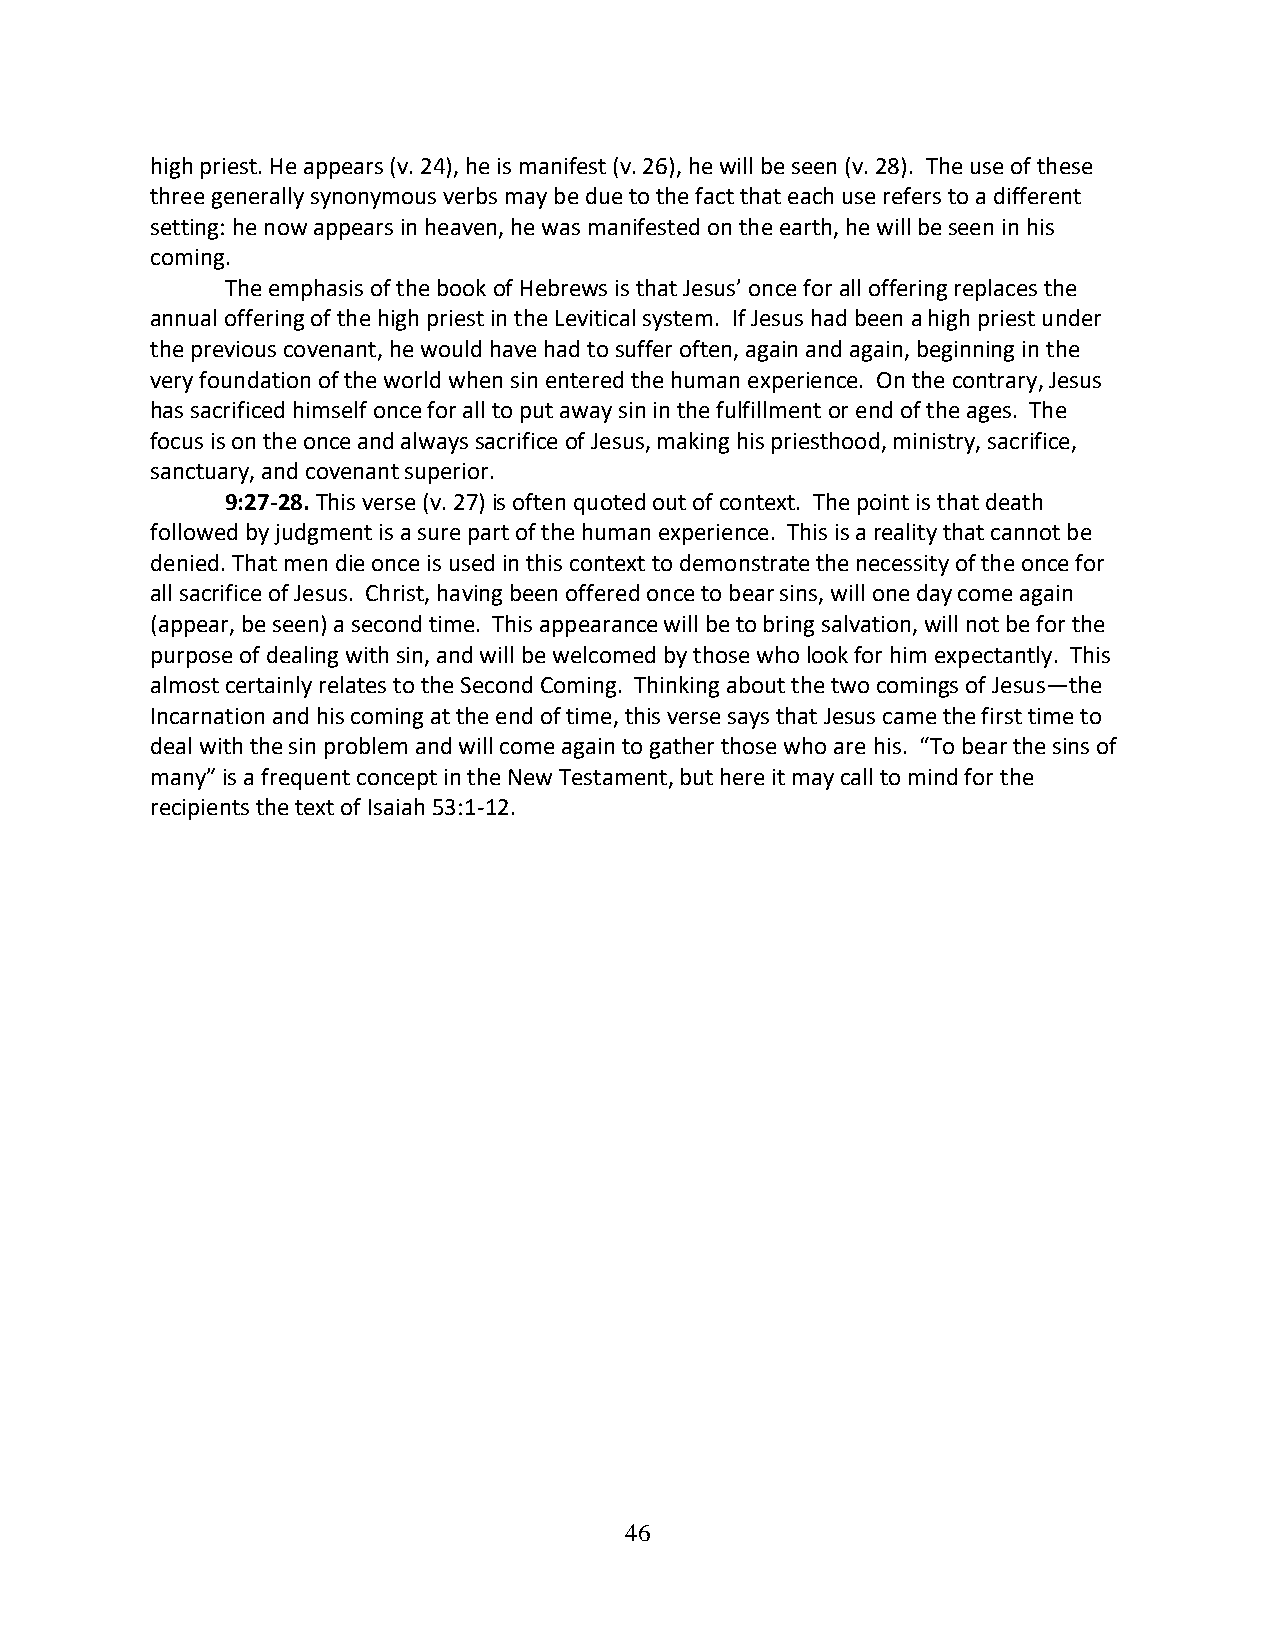
high priest. He appears (v. 24), he is manifest (v. 26), he will be seen (v. 28). The use of these
 three generally synonymous verbs may be due to the fact that each use refers to a different
 setting: he now appears in heaven, he was manifested on the earth, he will be seen in his
 coming.
 The emphasis of the book of Hebrews is that Jesus’ once for all offering replaces the
 annual offering of the high priest in the Levitical system. If Jesus had been a high priest under
 the previous covenant, he would have had to suffer often, again and again, beginning in the
 very foundation of the world when sin entered the human experience. On the contrary, Jesus
 has sacrificed himself once for all to put away sin in the fulfillment or end of the ages. The
 focus is on the once and always sacrifice of Jesus, making his priesthood, ministry, sacrifice,
 sanctuary, and covenant superior.
 9:27-28. This verse (v. 27) is often quoted out of context. The point is that death
 followed by judgment is a sure part of the human experience. This is a reality that cannot be
 denied. That men die once is used in this context to demonstrate the necessity of the once for
 all sacrifice of Jesus. Christ, having been offered once to bear sins, will one day come again
 (appear, be seen) a second time. This appearance will be to bring salvation, will not be for the
 purpose of dealing with sin, and will be welcomed by those who look for him expectantly. This
 almost certainly relates to the Second Coming. Thinking about the two comings of Jesus—the
 Incarnation and his coming at the end of time, this verse says that Jesus came the first time to
 deal with the sin problem and will come again to gather those who are his. “To bear the sins of
 many” is a frequent concept in the New Testament, but here it may call to mind for the
 recipients the text of Isaiah 53:1-12.
 46